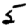
Digit: 5